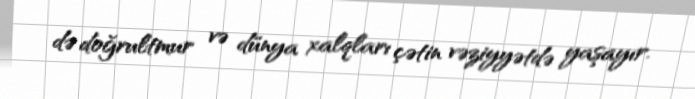
də doğrultmur və dünya xalqları çətin vəziyyətdə yaşayır.